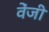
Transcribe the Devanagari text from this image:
वेंजी